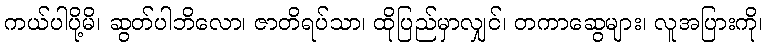
ကယ်ပါပို့မိ၊ ဆွတ်ပါဘိလော၊ ဇာတိရပ်သာ၊ ထိုပြည်မှာလျှင်၊ တကာဆွေများ၊ လူအပြားကို၊